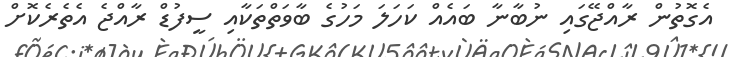
އެގޮތުން ރާއްޖޭގައި ނުބާނާ ބައެއް ކަހަލަ މަހުގެ ބާވަތްތަކާއި ސީފުޑް ރާއްޖެ އެތެރެކޮށް